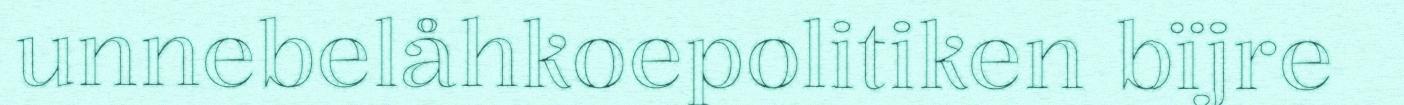
unnebelåhkoepolitiken bïjre